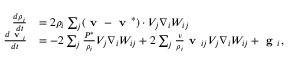
\begin{array} { r l } { \frac { d \rho _ { i } } { d t } } & { = 2 { \rho _ { i } } \sum _ { j } ( \textbf { v } - \textbf { v } ^ { * } ) \cdot V _ { j } \nabla _ { i } W _ { i j } } \\ { \frac { d \textbf { v } _ { i } } { d t } } & { = - 2 \sum _ { j } \frac { { P } ^ { * } } { \rho _ { i } } V _ { j } \nabla _ { i } W _ { i j } + 2 \sum _ { j } \frac { \nu } { \rho _ { i } } \textbf { v } _ { i j } V _ { j } \nabla _ { i } W _ { i j } + \textbf { g } _ { i } , } \end{array}